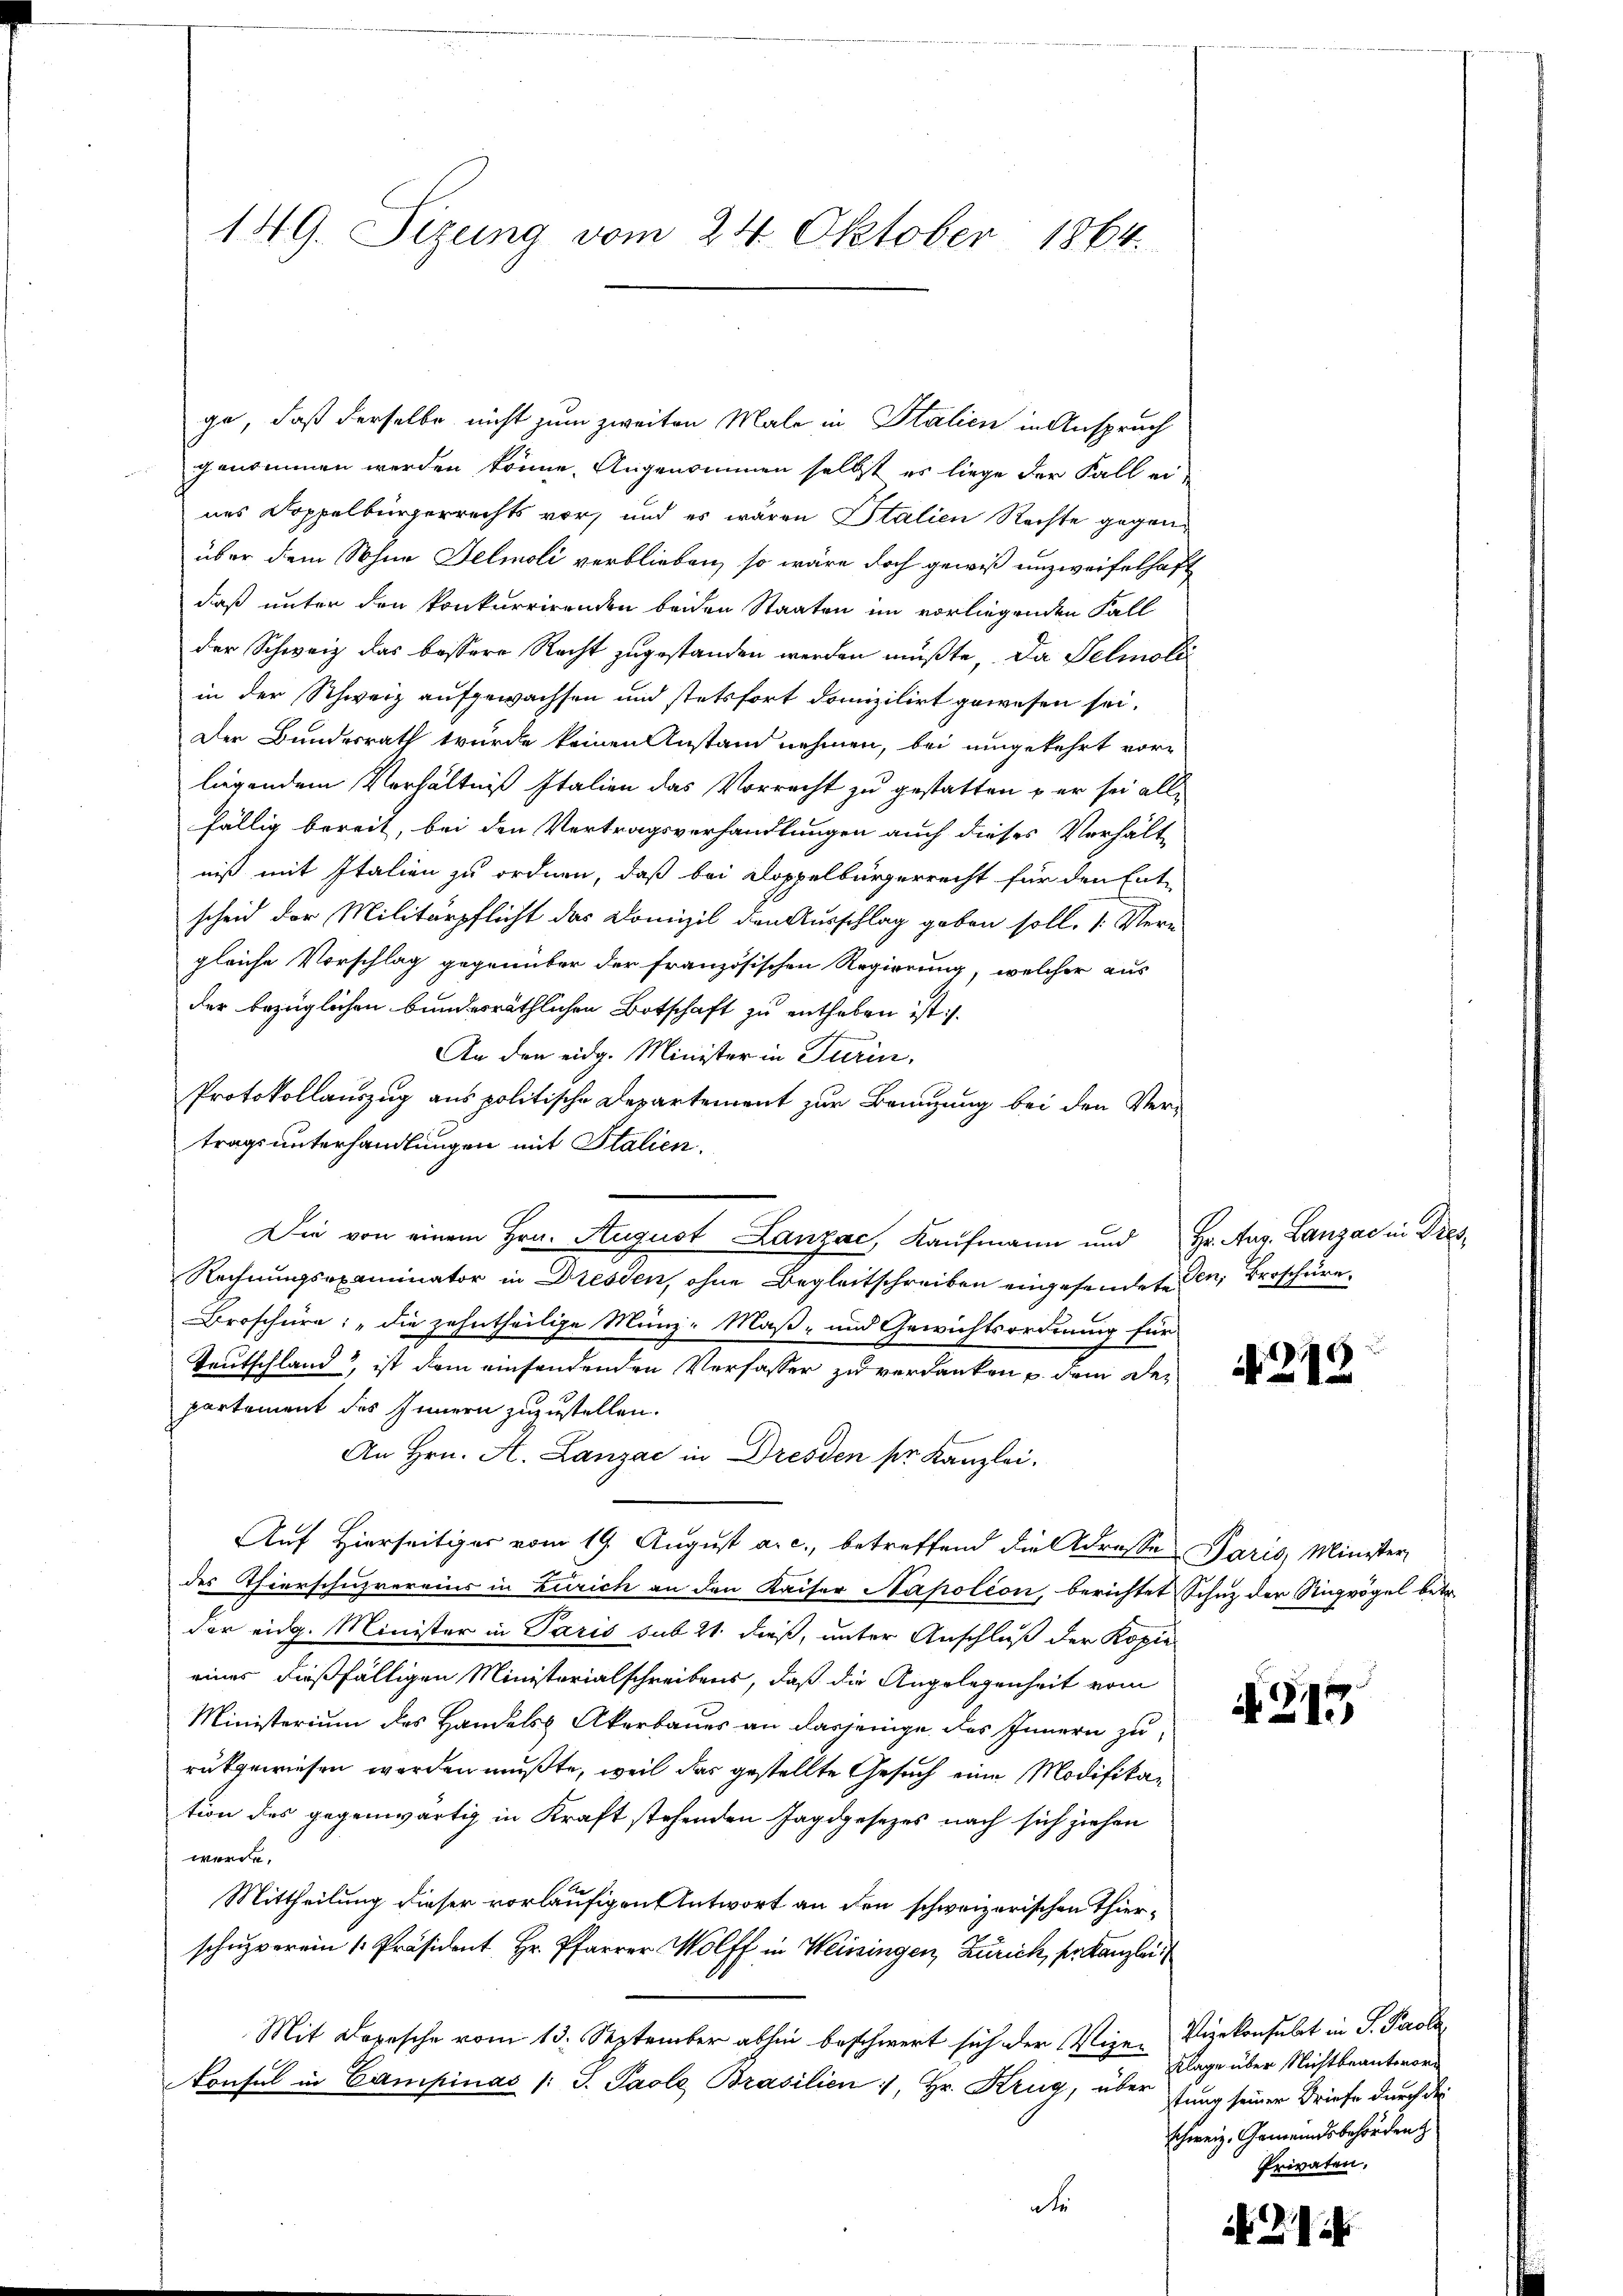
ge, daß derselbe nicht zum zweiten Male in Italien in Anspruch
genommen werden könne. Angenommen selbst es liege der Fall eines Doppelbürgerrechts vor, und es wären Italien Rechte gegenüber dem Sohne Felmoli verblieben, so wäre doch gewiß unzweifelhaft
daß unter den konkurrirenden beiden Staaten im vorliegenden Fall
der Schweiz das bessere Recht zugestanden werden müßte, da Selmoli
in der Schweiz aufgewachsen und stetsfort domizilirt gewesen sei.
Der Bundesrath würde keinen Anstand nehmen, bei umgekehrt vor-
liegendem Verhältniß Italien das Vorrecht zu gestatten – er sei allfällig bereit, bei den Vertragsverhandlungen auch dieses Verhält-
niß mit Italien zu ordnen, daß bei Doppelbürgerrecht für den Ent-
scheid der Militärpflicht das Domizil den Ausschlag geben soll. 1: Vere
gleiche Vorschlag gegenüber der französischen Regierung, welcher aus
der bezüglichen bundesräthlichen Botschaft zu entheben ist.
An den eidg. Minister in Turin,
Protokollauszug aus politische Departement zur Brunzung bei den Ver-
tragsunterhandlungen mit Stalien.
Die von einem Hrn. August Lanzac, Kaufmann und Hr. Aug. Lanzac in Dres¬
Rechnungsexaminator in Dressen, ohne Begleitschreiben engesendete den Broschüre
Broschüre: „die zehntheilige Münz-Maß- und Gewichtsordnung für
Teutschland“, ist dem einsendenden Verfasser zu verdanken p. dem Departement des Innern zuzustellen.
An Hrn. A. Lanzac in Dresden pr. Kanzlei.
Auf Hierseitiges vom 19. August a. c., betreffend die Adresse Paris, Minister
des Thierschuzvereins in Zürich an den Kaiser Napoléon, berichtet Schuz der Sigrögel betr.
der eidg. Minister in Paris sub 21. dieß, unter Anschluß der Kopie
eines dießfälligen Ministerialschreibens, daß die Angelegenheit vom
Ministerium des Handels Akerbaues an dasjenige des Innern zu
rükgewiesen worden mußte, weil das gestellte Gesuch eine Modifikation des gegenwärtig in Kraft stehenden Jagdgesezes nach sich ziehen
werde.
Mittheilung dieser vorläufigen Antwort an den schweizerischen Thierschuzverein [Präsident Hr. Pfarrer Wolff in Weissingen, Zürich, pr. Kanzlei
Mit Depesche vom 13. September abhin beschwert sich der Vize- Vizekonsulat in S. Parola
konsul in Campinas /: S. Paole Brasilien, Hr. Krug, über fung seiner Briefe durch der
de

149. Sizung vom 24. Oktober 1864.

A 218

A 313

Klage über Nichtbeantworschweiz. Gemeindsbehördent
Privaten.

k